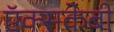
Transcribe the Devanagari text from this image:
ऍक्सकेबी